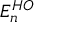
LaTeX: E _ { n } ^ { H O }